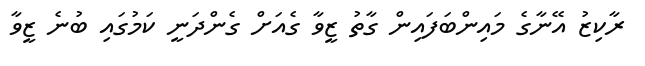
ރާކިޒު އޭނާގެ މައިންބަފައިން ގާތު ޒީވާ ގެއަށް ގެންދަނީ ކަމުގައި ބުނެ ޒީވާ